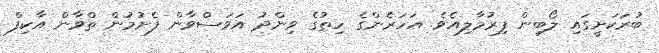
ބުރަކަށީގައި ލޯބިން ފިރުމާލިއެވެ. އަހަރެންގެ ހިތުގެ ވިންދު އަވަސްވާން ފެށުމުން ތްވާން އާކިފް